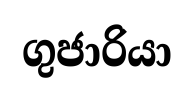
ගුජාරියා